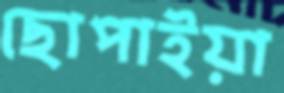
ছোপাইয়া